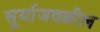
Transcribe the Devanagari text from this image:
सूर्याजवळील